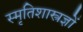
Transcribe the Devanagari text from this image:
स्मृतिशास्त्रज्ञों